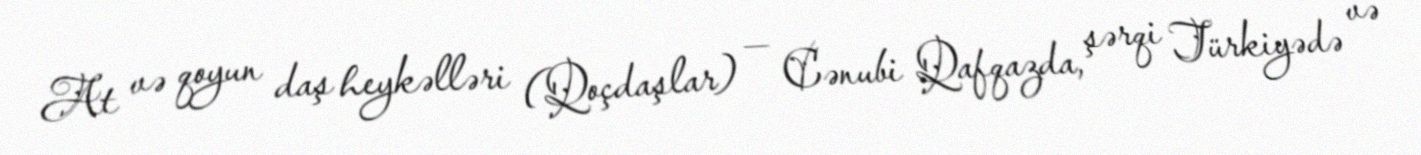
At və qoyun daş heykəlləri (Qoçdaşlar) — Cənubi Qafqazda, şərqi Türkiyədə və